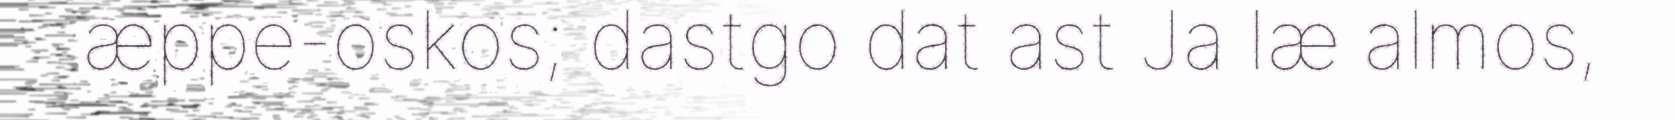
æppe-oskos; dastgo dat ast Ja læ almos,